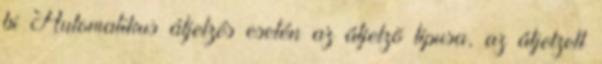
bi Automatikus átjelzés esetén az átjelzõ típusa, az átjelzett